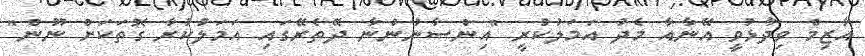
އާޒިމް ވިދާޅުވީ އޭނާއާ މެދު އަމަލުކުރީ "އިންސާނުންނާ ދޭތެރޭގައި އަމަލުކުރާ ގޮތަކަށް ނޫން"